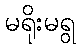
မရိုးမရွ